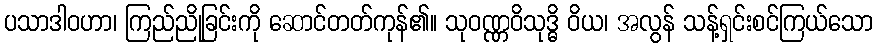
ပသာဒါဝဟာ၊ ကြည်ညိုခြင်းကို ဆောင်တတ်ကုန်၏။ သုဝဏ္ဏဝိသုဒ္ဓိ ဝိယ၊ အလွန် သန့်ရှင်းစင်ကြယ်သော